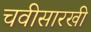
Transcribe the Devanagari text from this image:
चवीसारखी